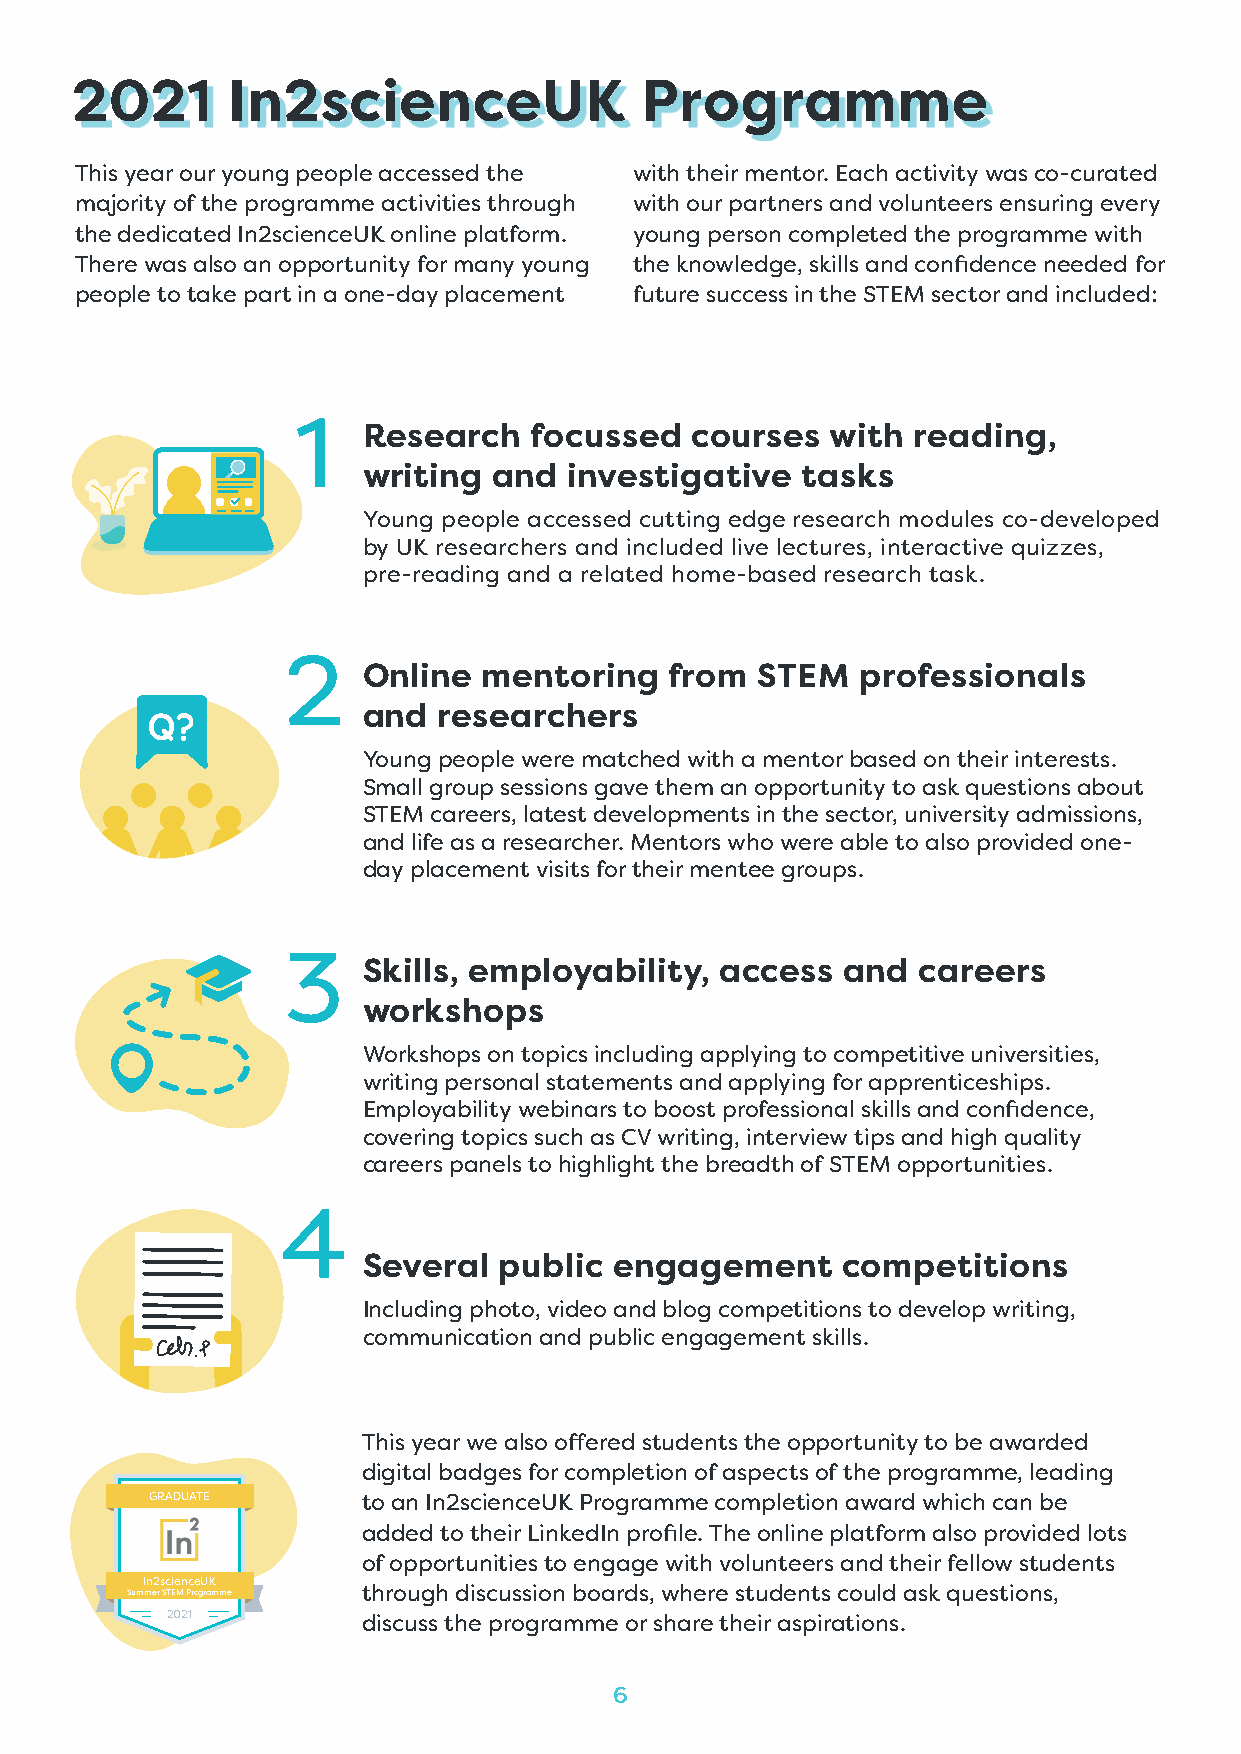
2021      In2scienceUK               Programme
 This year our young people accessed the with their mentor. Each activity was co-curated
 majority of the programme activities through with our partners and volunteers ensuring every
 the dedicated In2scienceUK online platform. young person completed the programme with
 There was also an opportunity for many young the knowledge, skills and confidence needed for
 people to take part in a one-day placement future success in the STEM sector and included:
 1
 Research   focussed   courses  with reading,
 writing  and  investigative  tasks
 Young people accessed cutting edge research modules co-developed
 by UK researchers and included live lectures, interactive quizzes,
 pre-reading and a related home-based research task.
 2
 Online  mentoring   from  STEM   professionals
 and  researchers
 Young people were matched with a mentor based on their interests.
 Small group sessions gave them an opportunity to ask questions about
 STEM careers, latest developments in the sector, university admissions,
 and life as a researcher. Mentors who were able to also provided one-
 day placement visits for their mentee groups.
 3
 Skills, employability,  access  and  careers
 workshops
 Workshops on topics including applying to competitive universities,
 writing personal statements and applying for apprenticeships.
 Employability webinars to boost professional skills and confidence,
 covering topics such as CV writing, interview tips and high quality
 careers panels to highlight the breadth of STEM opportunities.
 4
 Several  public  engagement     competitions
 Including photo, video and blog competitions to develop writing,
 communication and public engagement skills.
 This year we also offered students the opportunity to be awarded
 digital badges for completion of aspects of the programme, leading
 GRADUATE      to an In2scienceUK Programme completion award which can be
 added to their LinkedIn profile. The online platform also provided lots
 of opportunities to engage with volunteers and their fellow students
 In2scienceUK
 Summer STEM Programme through discussion boards, where students could ask questions,
 2021         discuss the programme or share their aspirations.
 6